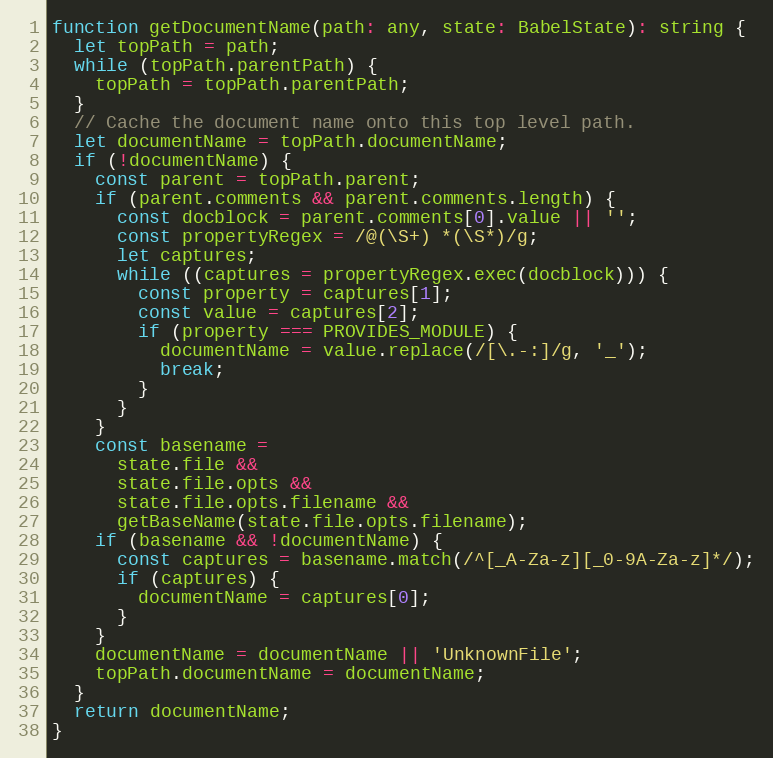
Language: JavaScript
function getDocumentName(path: any, state: BabelState): string {
  let topPath = path;
  while (topPath.parentPath) {
    topPath = topPath.parentPath;
  }
  // Cache the document name onto this top level path.
  let documentName = topPath.documentName;
  if (!documentName) {
    const parent = topPath.parent;
    if (parent.comments && parent.comments.length) {
      const docblock = parent.comments[0].value || '';
      const propertyRegex = /@(\S+) *(\S*)/g;
      let captures;
      while ((captures = propertyRegex.exec(docblock))) {
        const property = captures[1];
        const value = captures[2];
        if (property === PROVIDES_MODULE) {
          documentName = value.replace(/[\.-:]/g, '_');
          break;
        }
      }
    }
    const basename =
      state.file &&
      state.file.opts &&
      state.file.opts.filename &&
      getBaseName(state.file.opts.filename);
    if (basename && !documentName) {
      const captures = basename.match(/^[_A-Za-z][_0-9A-Za-z]*/);
      if (captures) {
        documentName = captures[0];
      }
    }
    documentName = documentName || 'UnknownFile';
    topPath.documentName = documentName;
  }
  return documentName;
}